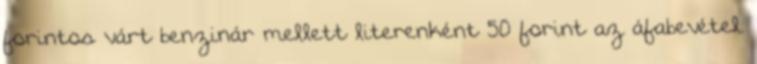
forintos várt benzinár mellett literenként 50 forint az áfabevétel.